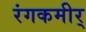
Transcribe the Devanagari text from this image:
रंगकमीर्